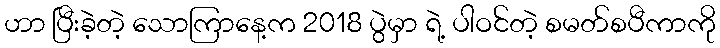
ဟာ ပြီးခဲ့တဲ့ သောကြာနေ့က 2018 ပွဲမှာ ရဲ့ ပါဝင်တဲ့ စမတ်စပီကာကို